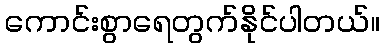
ကောင်းစွာရေတွက်နိုင်ပါတယ်။